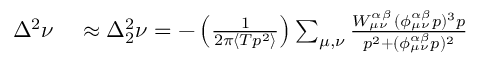
\begin{array} { r l } { \Delta ^ { 2 } \nu } & { { } \approx \Delta _ { 2 } ^ { 2 } \nu = - \left( \frac { 1 } { 2 \pi \langle T p ^ { 2 } \rangle } \right) \sum _ { { \mu } , { \nu } } \frac { W _ { { \mu } { \nu } } ^ { \alpha \beta } \, ( \phi _ { { \mu } { \nu } } ^ { \alpha \beta } p ) ^ { 3 } p } { p ^ { 2 } + ( \phi _ { { \mu } { \nu } } ^ { \alpha \beta } p ) ^ { 2 } } } \end{array}